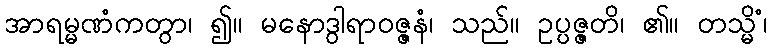
အာရမ္မဏံကတွာ၊ ၍။ မနောဒွါရာဝဇ္ဇနံ၊ သည်။ ဥပ္ပဇ္ဇတိ၊ ၏။ တသ္မိံ၊